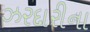
ઝરદારીના